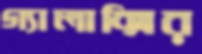
গ্যালাক্সির